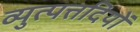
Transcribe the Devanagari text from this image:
व्युत्पत्तदियों